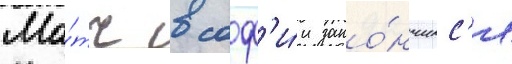
Ма́тч в соф'и́и зако́нчилс'я